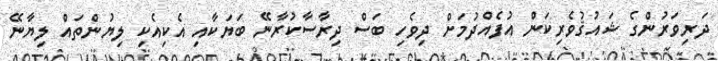
ދަރިވަރުންގެ ޝައުޤުވެރިކަން އުފެއްދުމަށް ދިވެހި ބަސް ދިރާސާކުރާނޭ ބަޔަކާއި އެކިއެކި ލިޔުންތައް ލިޔާނޭ